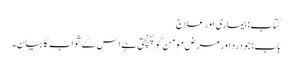
کتاب: بیماری اور علاج
باب : جو درد اور مرض مومن کو پہنچتی ہے اس کے ثواب کا بیان۔